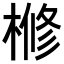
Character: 𣘀